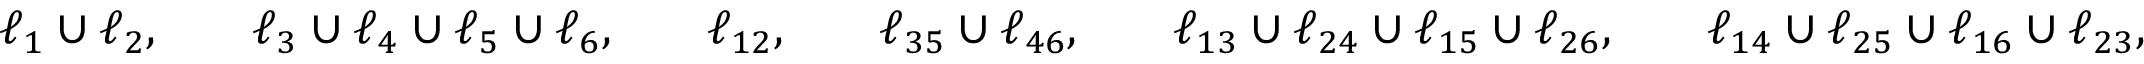
\begin{array} { r l r l r l r l r l r l } & { \ell _ { 1 } \cup \ell _ { 2 } , } & & { \ell _ { 3 } \cup \ell _ { 4 } \cup \ell _ { 5 } \cup \ell _ { 6 } , } & & { \ell _ { 1 2 } , } & & { \ell _ { 3 5 } \cup \ell _ { 4 6 } , } & & { \ell _ { 1 3 } \cup \ell _ { 2 4 } \cup \ell _ { 1 5 } \cup \ell _ { 2 6 } , } & & { \ell _ { 1 4 } \cup \ell _ { 2 5 } \cup \ell _ { 1 6 } \cup \ell _ { 2 3 } , } \end{array}